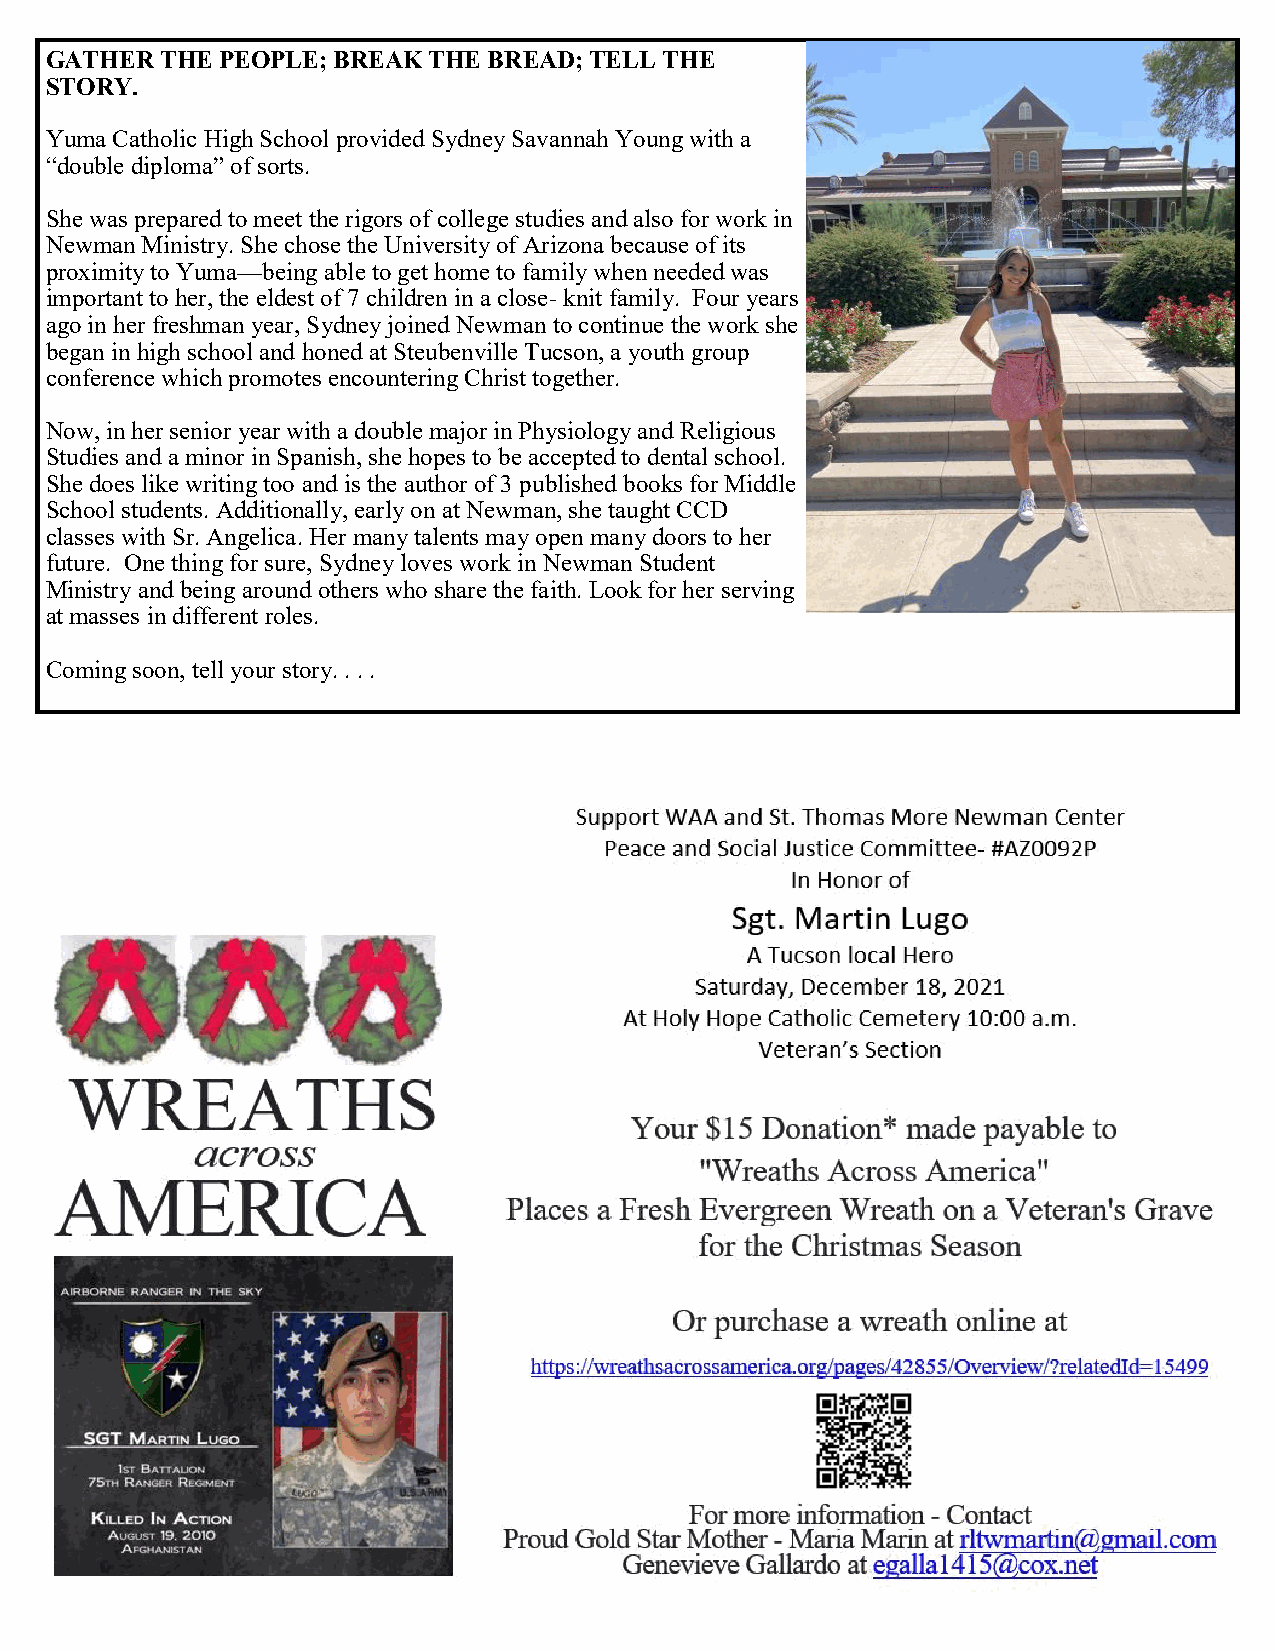
GATHER  THE PEOPLE; BREAK THE BREAD; TELL THE
 STORY.
 Yuma Catholic High School provided Sydney Savannah Young with a
 “double diploma” of sorts.
 She was prepared to meet the rigors of college studies and also for work in
 Newman Ministry. She chose the University of Arizona because of its
 proximity to Yuma—being able to get home to family when needed was
 important to her, the eldest of 7 children in a close- knit family. Four years
 ago in her freshman year, Sydney joined Newman to continue the work she
 began in high school and honed at Steubenville Tucson, a youth group
 conference which promotes encountering Christ together.
 Now, in her senior year with a double major in Physiology and Religious
 Studies and a minor in Spanish, she hopes to be accepted to dental school.
 She does like writing too and is the author of 3 published books for Middle
 School students. Additionally, early on at Newman, she taught CCD
 classes with Sr. Angelica. Her many talents may open many doors to her
 future. One thing for sure, Sydney loves work in Newman Student
 Ministry and being around others who share the faith. Look for her serving
 at masses in different roles.
 Coming soon, tell your story. . . .